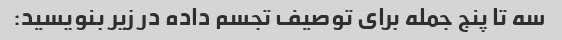
سه تا پنج جمله برای توصیف تجسم داده در زیر بنویسید: